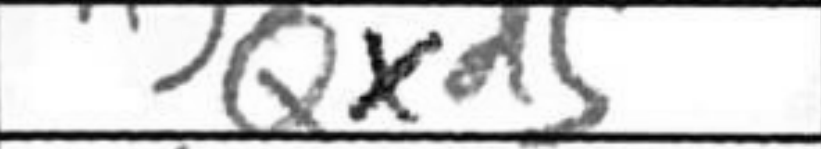
Transcription: Qxd5